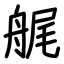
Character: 艉